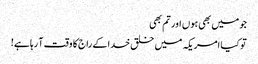
جو میں بھی ہوں اور تم بھی
تو کیا امریکہ میں خلق خدا کے راج کا وقت آ رہا ہے!